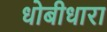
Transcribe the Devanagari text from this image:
धोबीधारा